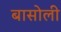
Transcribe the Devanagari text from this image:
बासोली